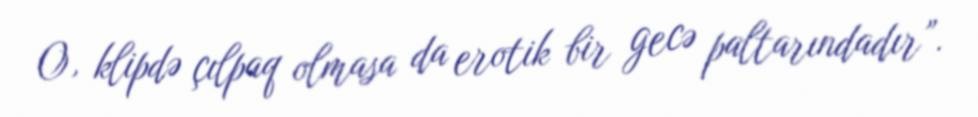
O, klipdə çılpaq olmasa da erotik bir gecə paltarındadır”.